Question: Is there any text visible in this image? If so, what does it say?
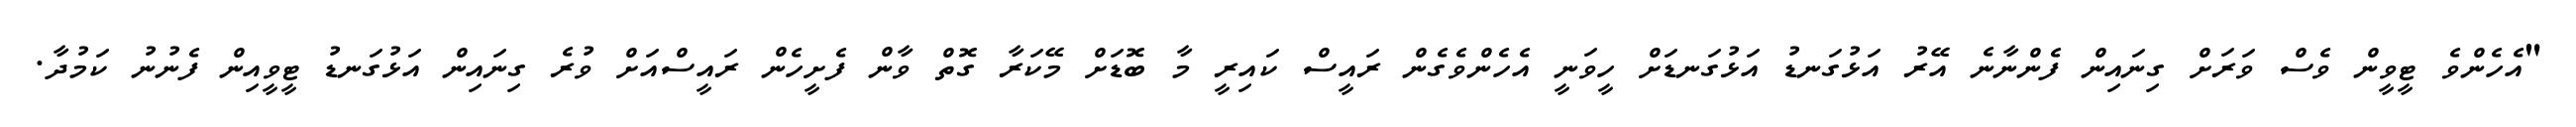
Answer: "އެހެންވެ ޓީވީން ވެސް ވަރަށް ގިނައިން ފެންނާނެ އޭރު އަޅުގަނޑު އަޅުގަނޑަށް ހީވަނީ އެހެންވެގެން ރައީސް ކައިރީ މާ ބޮޑަށް މޭކަރާ ގޮތް ވާން ފެށީހެން ރައީސްއަށް ވުރެ ގިނައިން އަޅުގަނޑު ޓީވީއިން ފެނުނު ކަމުދާ.